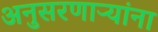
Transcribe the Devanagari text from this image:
अनुसरणाऱ्यांना